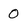
Character: O